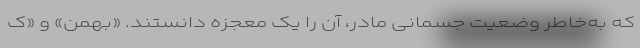
که به‌خاطر وضعیت جسمانی مادر، آن را یک معجزه دانستند. «بهمن» و «ک